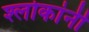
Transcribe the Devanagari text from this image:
श्लोकांनी